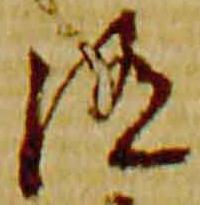
随